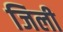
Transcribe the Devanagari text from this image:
जिली